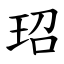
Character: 玿